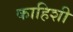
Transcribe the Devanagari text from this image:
काहिशी